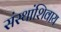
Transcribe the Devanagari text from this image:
संस्थांशिवाय